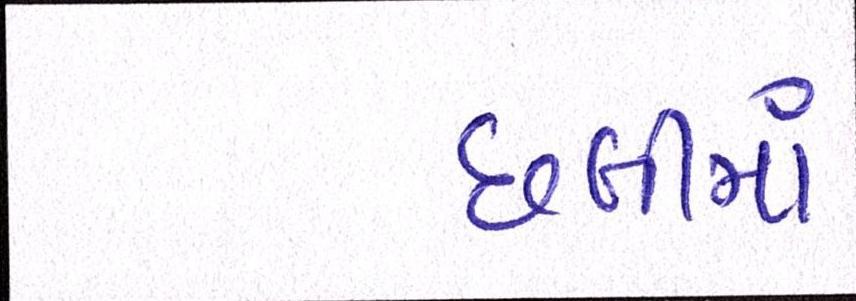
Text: છબીમાં